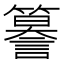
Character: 𮆣